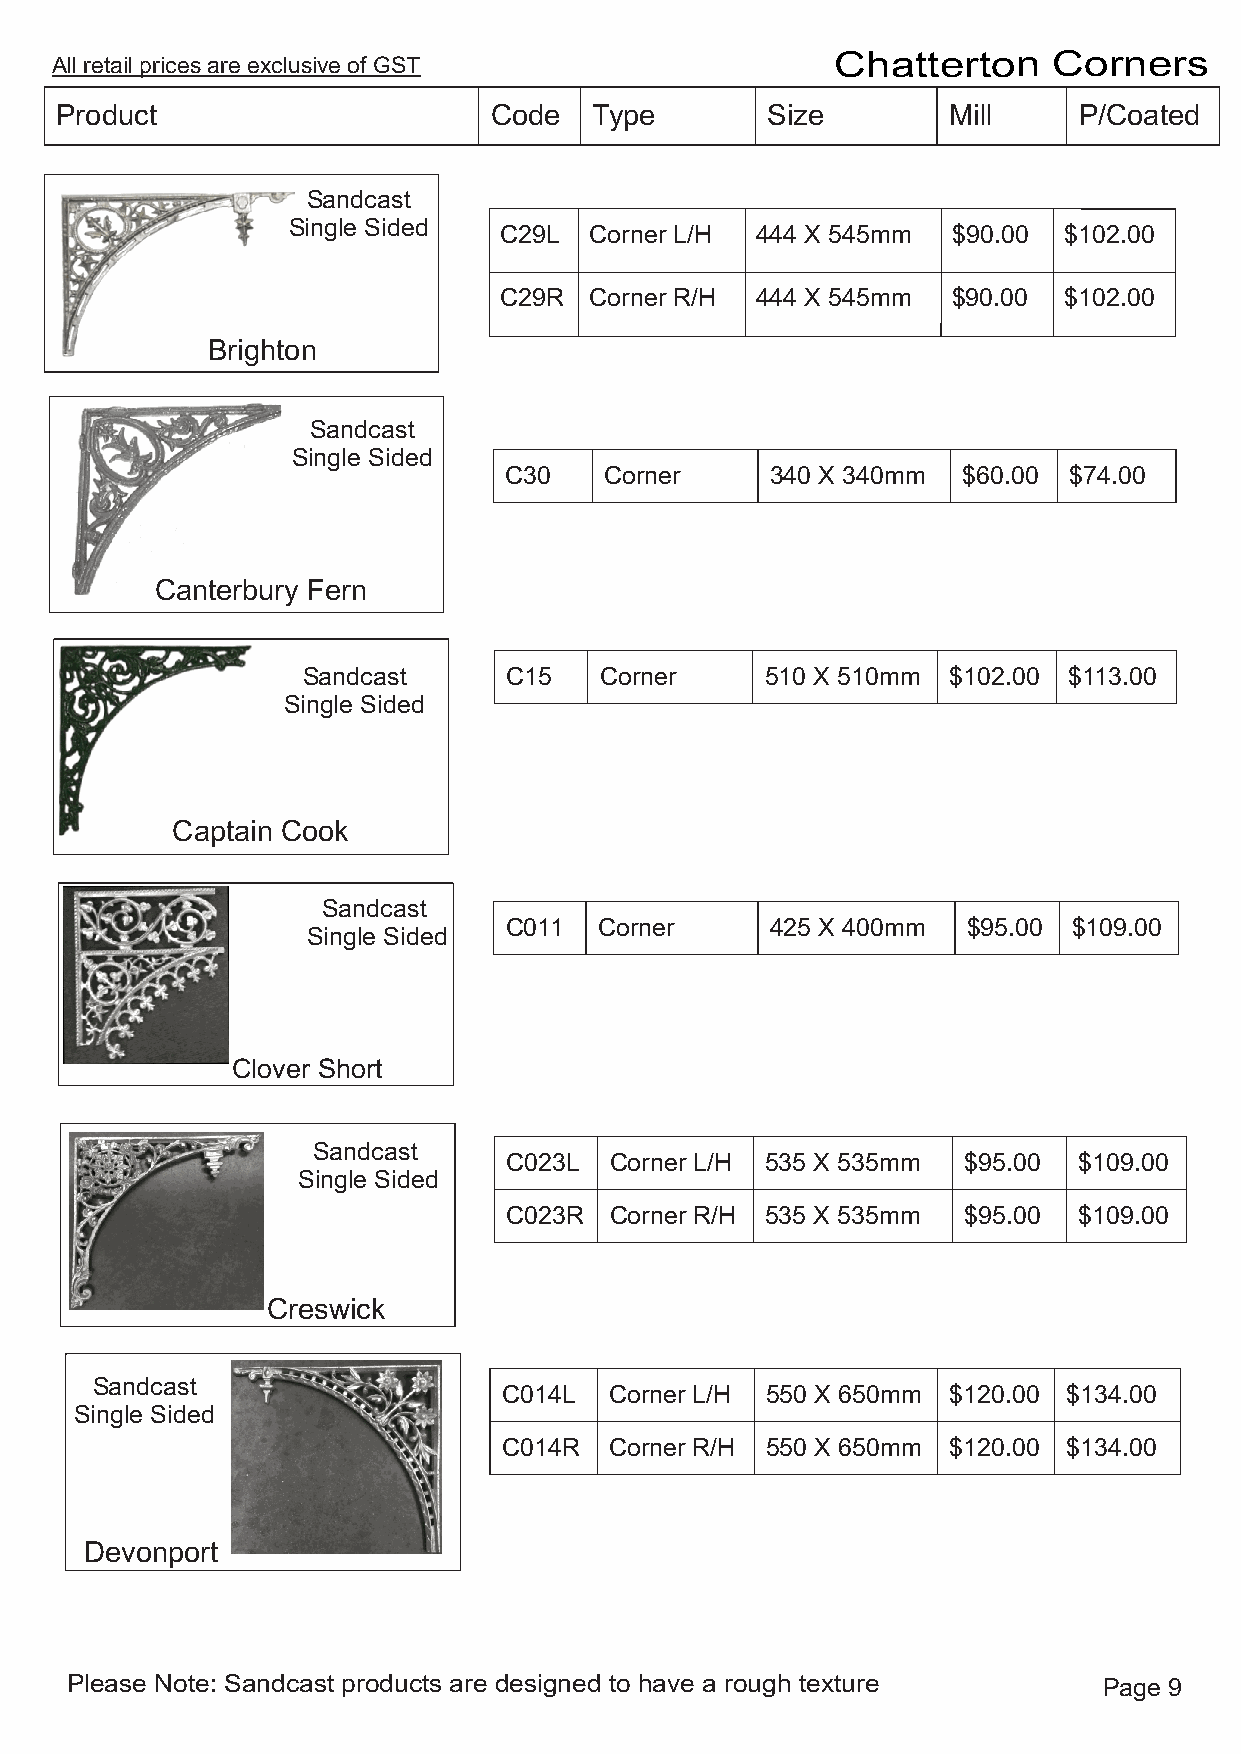
All retail prices are exclusive of GST
 Chatterton     Corners
 Product                     Code   Type        Size        Mill    P/Coated
 Sandcast
 Single Sided
 C29L  Corner L/H 444 X 545mm  $90.00 $102.00
 C29R  Corner R/H 444 X 545mm  $90.00 $102.00
 Brighton
 Sandcast
 Single Sided
 C30    Corner     340 X 340mm  $60.00 $74.00
 Canterbury Fern
 Sandcast     C15    Corner     510 X 510mm $102.00 $113.00
 Single Sided
 Captain Cook
 Sandcast
 C011   Corner     425 X 400mm  $95.00 $109.00
 Single Sided
 Clover Short
 Sandcast
 C023L  Corner L/H 535 X 535mm  $95.00 $109.00
 Single Sided
 C023R  Corner R/H 535 X 535mm  $95.00 $109.00
 Creswick
 Sandcast
 C014L  Corner L/H 550 X 650mm $120.00 $134.00
 Single Sided
 C014R  Corner R/H 550 X 650mm $120.00 $134.00
 Devonport
 Please Note: Sandcast products are designed to have a rough texture  Page 9